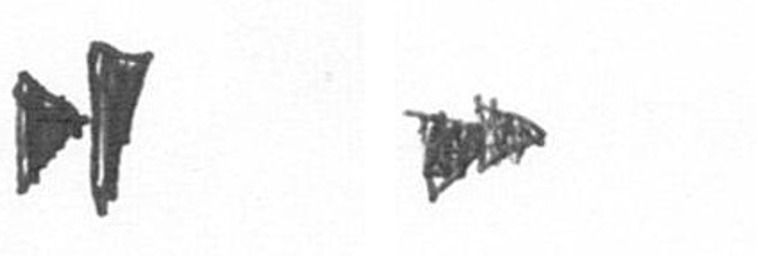
M A